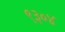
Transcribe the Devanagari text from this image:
९३०४